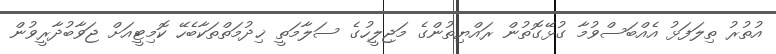
އުތުރު ތިލަފަޅު އެއްބަސްވުމާ ގުޅޭގޮތުން ރައްޔިތުންގެ މަޖިލީހުގެ ސަލާމަތީ ޚިދުމަތްތަކާބެހޭ ކޮމިޓީއަށް ޖަވާބުދާރީވުން